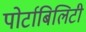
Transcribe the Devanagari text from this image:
पोर्टाबिलिटी